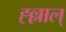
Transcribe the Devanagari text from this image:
ह्ल्लाल्